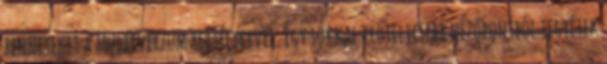
benneteket a multiverzum rejtélyeivel. Egy sokkal erőteljesebb nézőpontból tegyétek